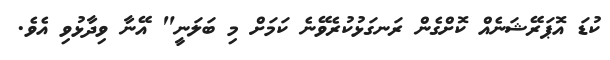
ކުޑަ އޮޕަރޭޝަނެއް ކޮށްގެން ރަނގަޅުކުރެވޭނެ ކަމަށް މި ބަލަނީ" އޭނާ ވިދާޅުވި އެވެ.